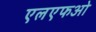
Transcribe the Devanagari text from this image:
एलएफओ